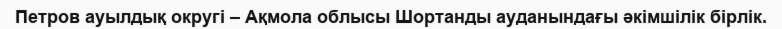
Петров ауылдық округі – Ақмола облысы Шортанды ауданындағы әкімшілік бірлік.